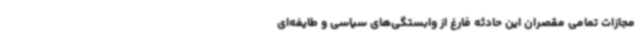
مجازات تمامی مقصران این حادثه فارغ از وابستگی‌های سیاسی و طایفه‌ای